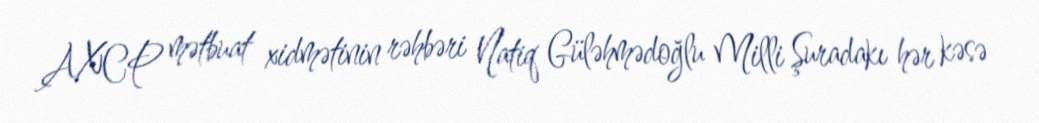
AXCP mətbuat xidmətinin rəhbəri Natiq Güləhmədoğlu Milli Şuradakı hər kəsə